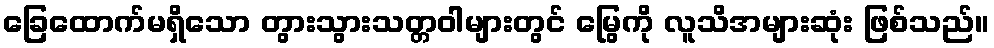
ခြေထောက်မရှိသော တွားသွားသတ္တဝါများတွင် မြွေကို လူသိအများဆုံး ဖြစ်သည်။